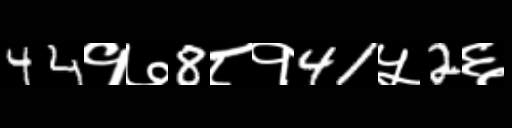
Text: 44१७8८१41५2६